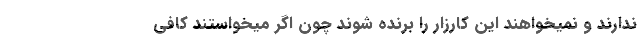
ندارند و نمیخواهند این کارزار را برنده شوند چون اگر میخواستند کافی